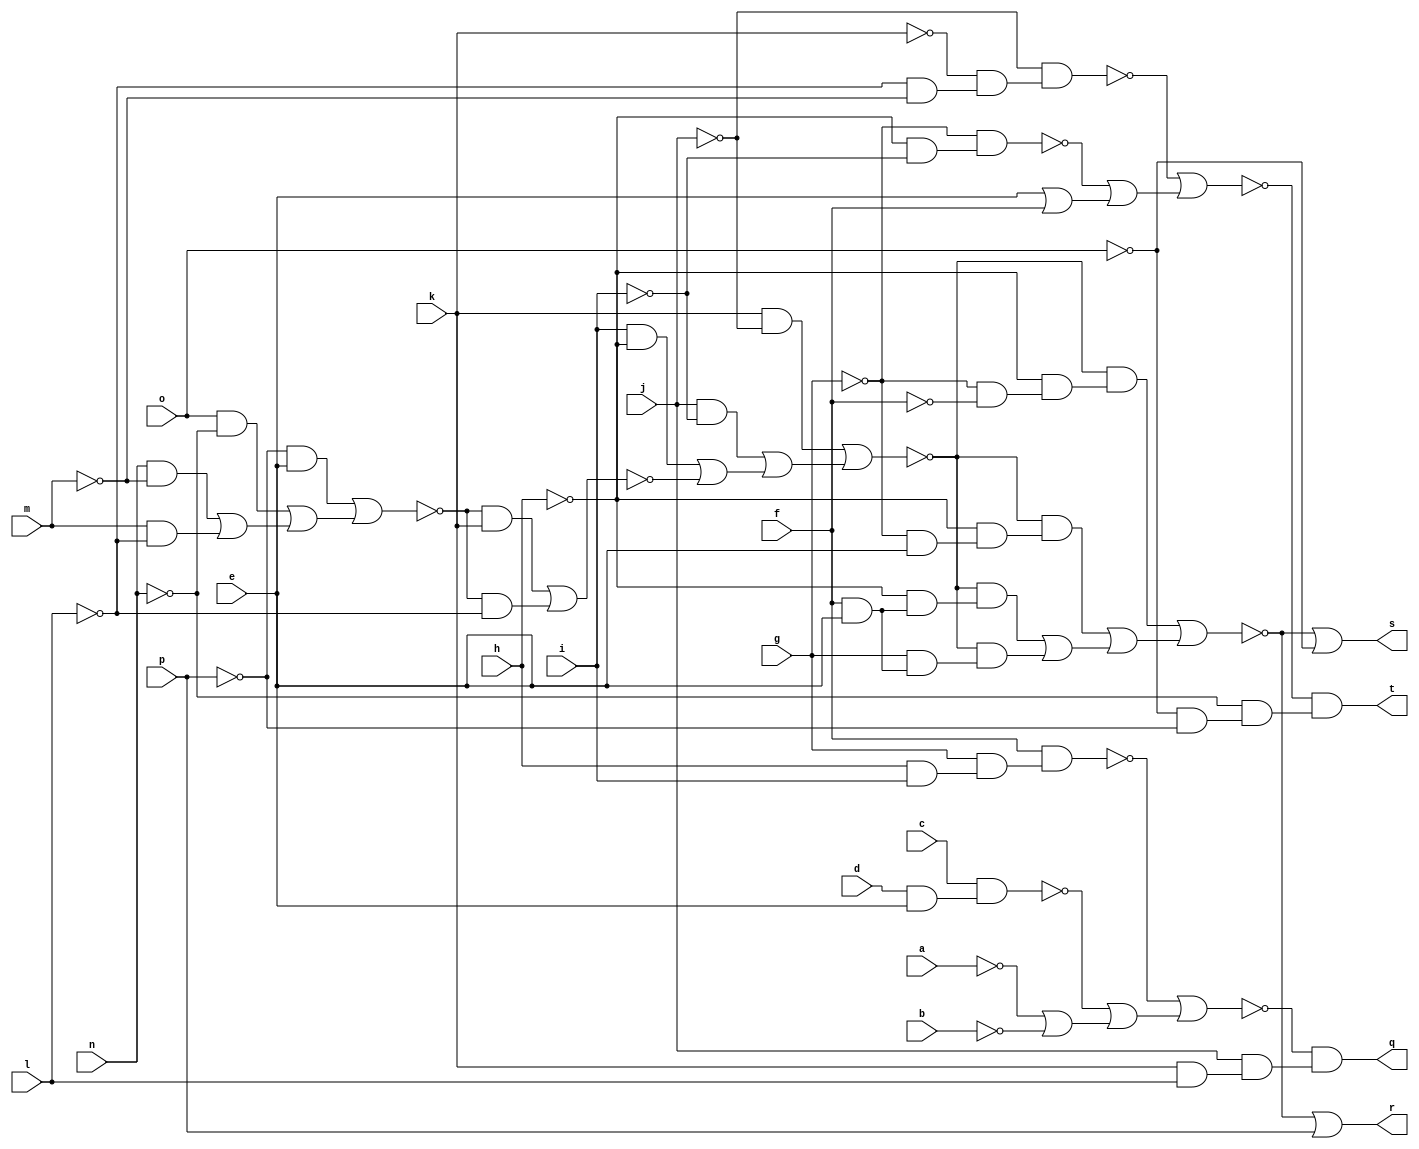
// IWLS benchmark module "cmb" printed on Wed May 29 16:31:29 2002
module cmb(a, b, c, d, e, f, g, h, i, j, k, l, m, n, o, p, q, r, s, t);
input
  a,
  b,
  c,
  d,
  e,
  f,
  g,
  h,
  i,
  j,
  k,
  l,
  m,
  n,
  o,
  p;
output
  q,
  r,
  s,
  t;
wire
  o0,
  p0,
  q0,
  r0,
  s0,
  \[0] ,
  t0,
  \[1] ,
  u0,
  \[2] ,
  v0,
  \[3] ,
  m0,
  n0;
assign
  o0 = f & (g & (h & i)),
  p0 = ~o0 | (~n0 | (~a | ~b)),
  q0 = ~g & (~h & ~i),
  r0 = ~j & (~k & (~l & ~m)),
  s0 = ~r0 | (~q0 | (e | f)),
  \[0]  = ~p0 & (j & (k & l)),
  t0 = (~p & e) | ((o & ~n) | ((n & ~m) | (m & ~l))),
  \[1]  = ~m0 | p,
  u0 = (~t0 & k) | (~t0 & ~l),
  q = \[0] ,
  r = \[1] ,
  s = \[2] ,
  t = \[3] ,
  \[2]  = ~m0 | ~o,
  v0 = (k & ~j) | ((j & ~i) | ((i & ~h) | ~u0)),
  \[3]  = ~s0 & (~n & (~o & ~p)),
  m0 = (~v0 & (~h & (~g & ~f))) | ((~v0 & (~h & (~g & e))) | ((~v0 & (~h & (f & e))) | (~v0 & (g & (f & e))))),
  n0 = c & (d & e);
endmodule